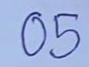
05